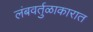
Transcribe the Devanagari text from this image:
लंबवर्तुळाकारात